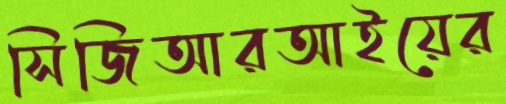
সিজিআরআইয়ের